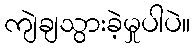
ကျဲချသွားခဲ့မှုပါပဲ။